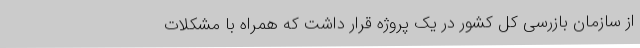
از سازمان بازرسی کل کشور در یک پروژه قرار داشت که همراه با مشکلات